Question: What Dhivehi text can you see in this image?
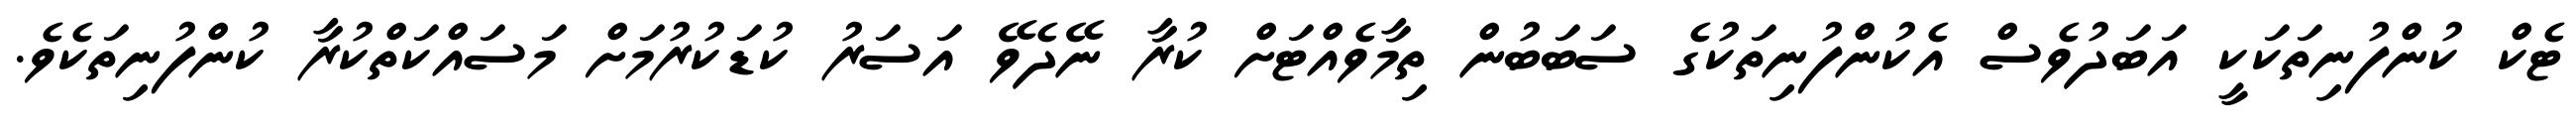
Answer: ޓެކް ކުންފުނިތަކަކީ އަބަދުވެސް އެކުންފުނިތަކުގެ ސަބަބުން ތިމާވެއްޓަށް ކުރާ ނޭދެވޭ އަސަރު ކުޑަކުރުމަށް މަސައްކަތްކުރާ ކުންފުނިތަކެވެ.